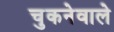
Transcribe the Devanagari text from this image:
चुकनेवाले